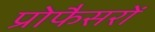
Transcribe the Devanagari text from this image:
प्रोफैसरों